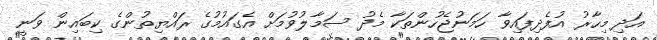
އަދި މިހާރު އުފެދިފައިވާ ހަމަނުޖެހުންތަކާ މެދު ސަމާލުވުމަށް އެގައުމުގެ ރައްޔިތުންގެ ކިބައިން ވަނީ